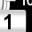
Digit: 1